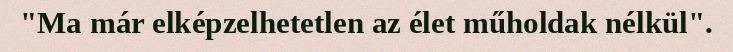
"Ma már elképzelhetetlen az élet műholdak nélkül".